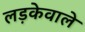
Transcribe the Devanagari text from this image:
लड़केवाले